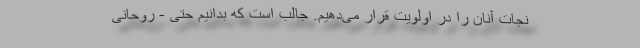
نجات آنان را در اولویت قرار می‌دهیم. جالب است که بدانیم حتی - روحانی